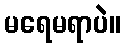
မရေမရာပဲ။